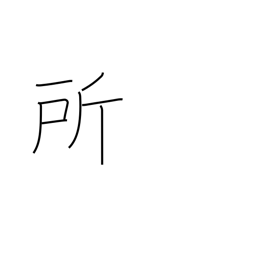
Meaning: place